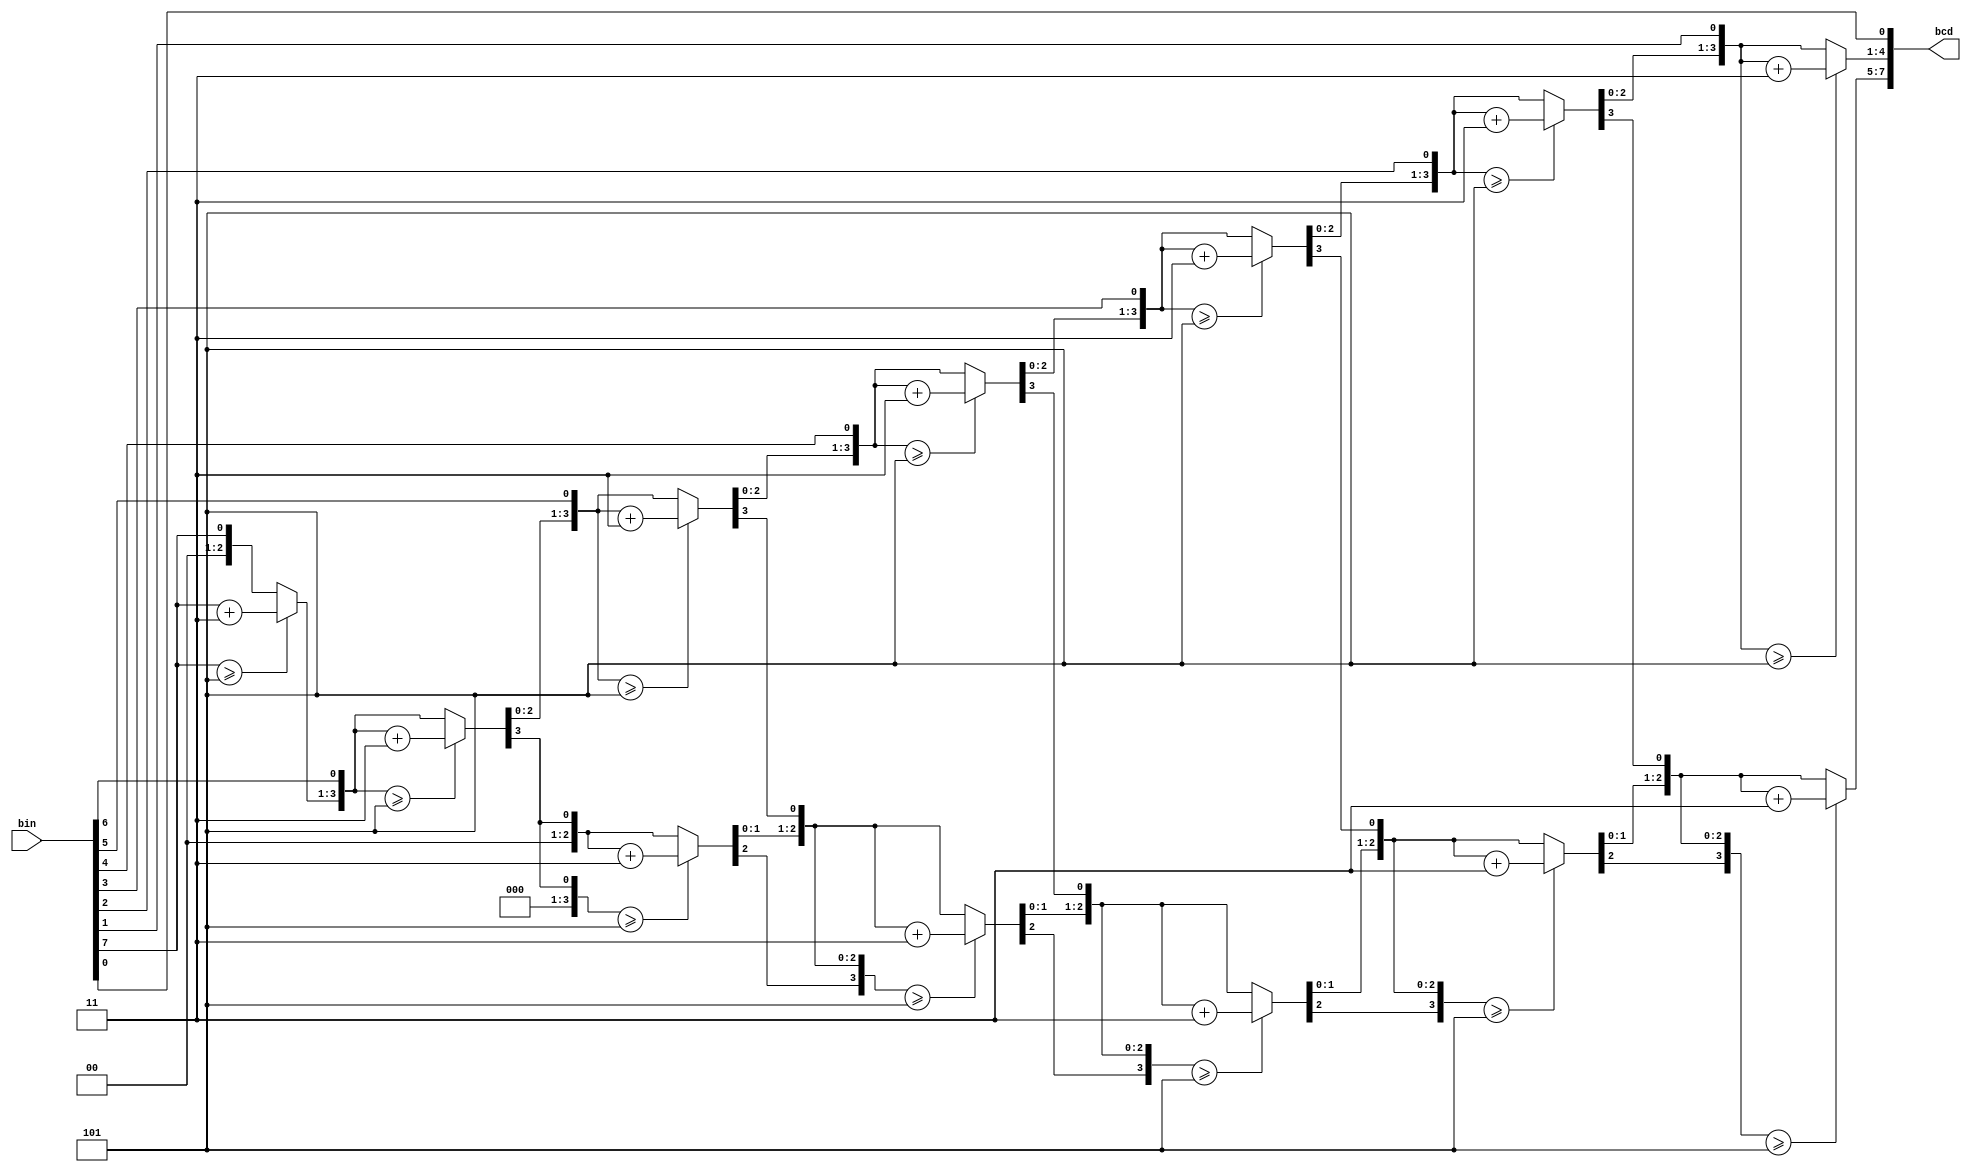
module bin2bcd (
    input      [7:0] bin,
    output reg [7:0] bcd
);
  integer i;

  always @(bin) begin
    bcd = 0;
    for (i = 0; i <= 7; i = i + 1) begin  //Iterate once for each bit in input number
      if (bcd[3:0] >= 5) bcd[3:0] = bcd[3:0] + 3;  //If any BCD digit is >= 5, add three
      if (bcd[7:4] >= 5) bcd[7:4] = bcd[7:4] + 3;
      bcd = {bcd[6:0], bin[7-i]};  //Shift one bit, and shift in proper bit from input
    end
  end
endmodule